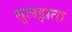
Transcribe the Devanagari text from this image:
सुलझता